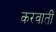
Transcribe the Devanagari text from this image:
करवातीं